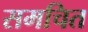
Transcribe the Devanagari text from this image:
समचित